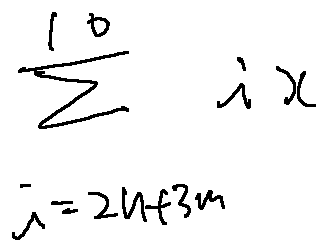
\sum \limits _ { i = 2 n + 3 m } ^ { 1 0 } i x